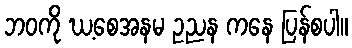
ဘဝကို ဃ့စေအနမ ဥညန ကနေ ပြန်စပါ။